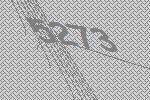
5273